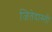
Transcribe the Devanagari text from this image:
जितेदास्ती